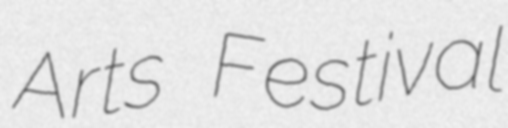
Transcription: Arts Festival